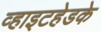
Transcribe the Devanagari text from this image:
व्हाइटहेडके